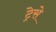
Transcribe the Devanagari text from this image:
ट्रेसे